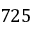
7 2 5